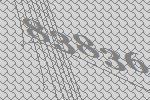
83836